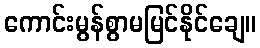
ကောင်းမွန်စွာမမြင်နိုင်ချေ။